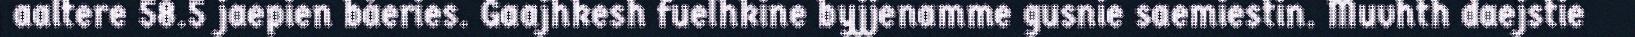
aaltere 58.5 jaepien båeries. Gaajhkesh fuelhkine byjjenamme gusnie saemiestin. Muvhth daejstie